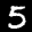
Label: 5